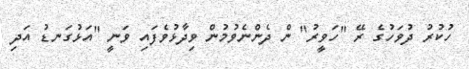
ހުކުރު ދުވަހުގެ ރޭ "ހަވީރު" ން ދެންނެވުމުން ވިދާޅުވެފައި ވަނީ "އަޅުގަނޑު އަދި